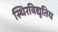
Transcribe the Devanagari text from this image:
स्थिरविद्युतिय